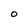
Character: O